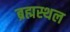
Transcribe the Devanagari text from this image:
ब्रह्मस्थल